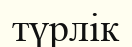
түрлік